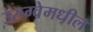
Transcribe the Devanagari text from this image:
उरुग्वेमधील